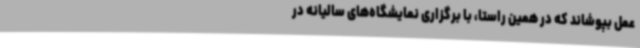
عمل بپوشاند که در همین راستا، با برگزاری نمایشگاه‌های سالیانه در